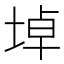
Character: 𡍎